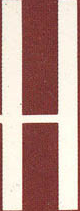
H